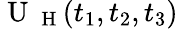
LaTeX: \mathrm{~U~}_{\mathrm{~H~}}(t_{1},t_{2},t_{3})